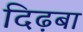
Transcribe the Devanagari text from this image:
दिढ़बा